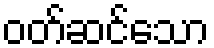
ဝတ်ဆင်သော